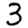
Digit: 3